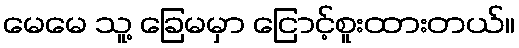
မေမေ သူ့ ခြေမမှာ ငြောင့်စူးထားတယ်။